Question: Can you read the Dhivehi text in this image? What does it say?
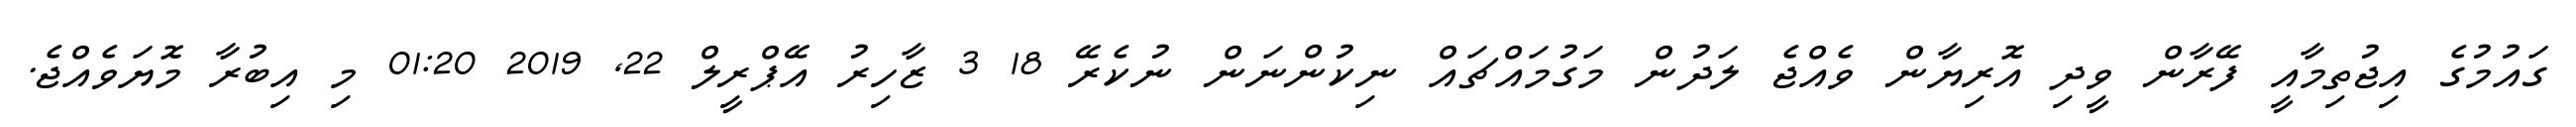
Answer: ގައުމުގެ އިޖުތިމާއީ ފޭރާން ވީދި އޮރިޔާން ވެއްޖެ ލަދުން މަގުމައްޗައް ނިކުންނަން ނުކެރޭ 18 3 ޒާހިރު އޭޕްރީލް 22, 2019 01:20 މި އިބުރާ މޮޔަވެއްޖެ.